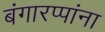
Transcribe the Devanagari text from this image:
बंगारप्पांना